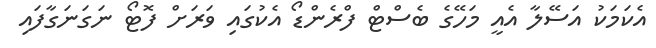
އެކަމަކު އަސޭލާ އެއީ މަހޭގެ ބެސްޓް ފްރެންޑޯ އެކުގައި ވަރަށް ފޮޓޯ ނަގަނަގާފައި